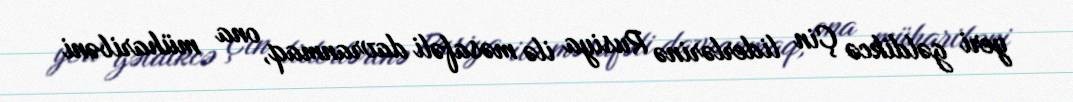
yeri gəldikcə Çin liderlərinə Rusiya ilə məsafəli davranmaq, ona müharibəni